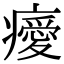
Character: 𤻅